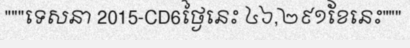
"""ទេសនា 2015-CD6ថ្ងៃនេះ ៤៦,២៩១ខែនេះ"""